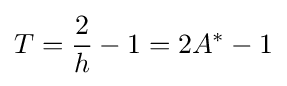
T={\frac {2}{h}}-1=2A^{*}-1